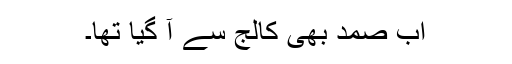
اب صمد بھی کالج سے آ گیا تھا۔